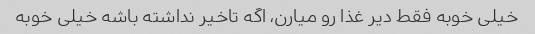
خیلی خوبه فقط دیر غذا رو میارن، اگه تاخیر نداشته باشه خیلی خوبه